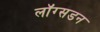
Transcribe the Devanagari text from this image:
लॉग्सडन